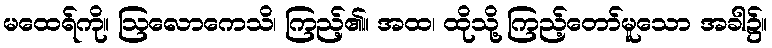
မထေရ်ကို။ ဩလောကေသိ၊ ကြည့်၏။ အထ၊ ထိုသို့ ကြည့်တော်မူသော အခါ၌။